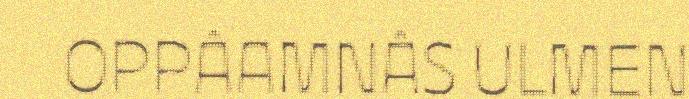
OPPÂAMNÂS ULMEN